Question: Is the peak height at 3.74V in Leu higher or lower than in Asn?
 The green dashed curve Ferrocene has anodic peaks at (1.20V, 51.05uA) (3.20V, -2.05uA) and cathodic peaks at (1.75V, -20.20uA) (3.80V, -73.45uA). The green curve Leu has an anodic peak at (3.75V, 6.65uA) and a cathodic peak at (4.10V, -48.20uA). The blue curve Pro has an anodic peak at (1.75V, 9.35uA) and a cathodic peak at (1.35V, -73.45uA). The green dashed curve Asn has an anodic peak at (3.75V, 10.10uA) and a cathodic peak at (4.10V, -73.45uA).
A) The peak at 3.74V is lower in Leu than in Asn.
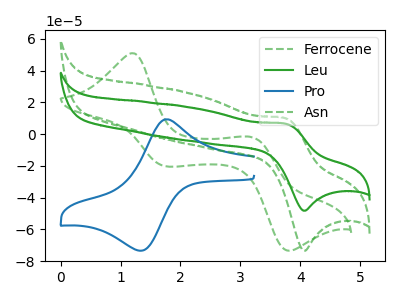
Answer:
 <answer>A) The peak at 3.74V is lower in "Leu" than in "Asn".</answer>
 <eval>A</eval>